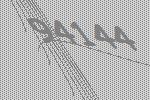
94144